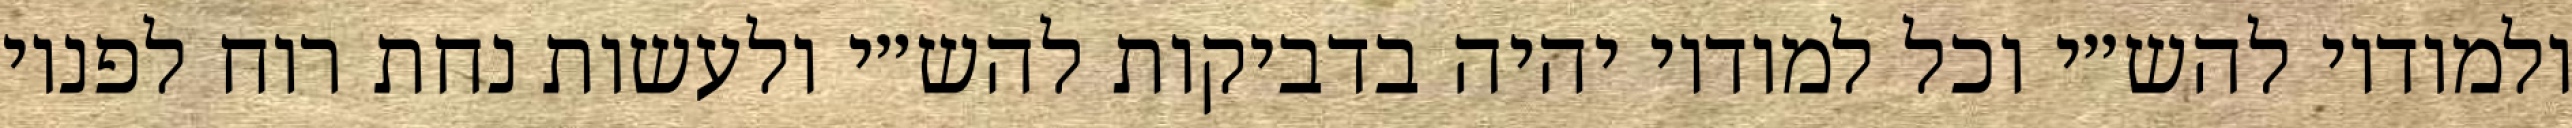
ולמודיו להש״י וכל למודיו יהיה בדביקות להש״י ולעשות נחת רוח לפניו